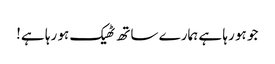
جو ہو رہا ہے ہمارے ساتھ ٹھیک ہو رہا ہے!